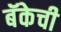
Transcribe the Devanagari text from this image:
बॅकेची